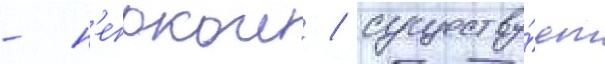
- н'епокои / существу́ет